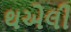
થએલી